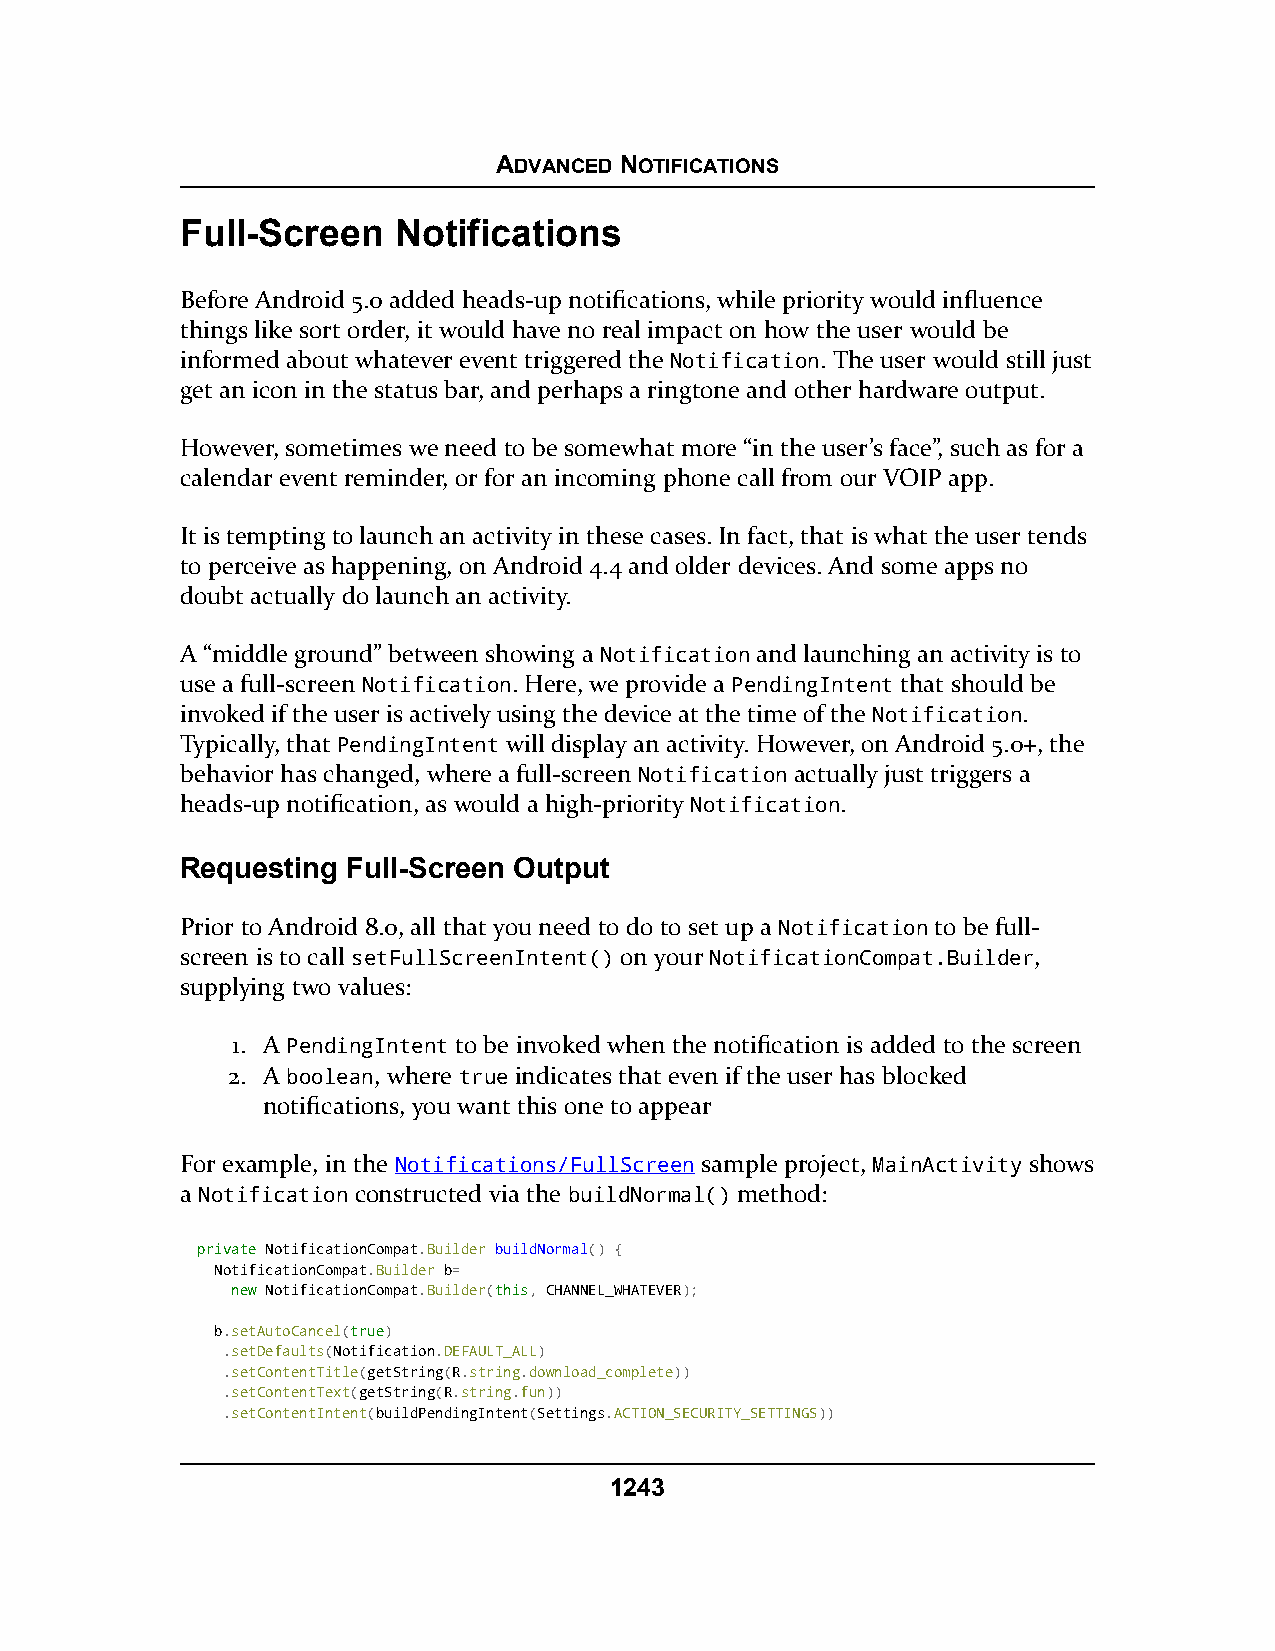
ADVANCED NOTIFICATIONS
 Full-Screen   Notifications
 Before Android 5.0 added heads-up notifications, while priority would influence
 things like sort order, it would have no real impact on how the user would be
 informed about whatever event triggered the Notification. The user would still just
 get an icon in the status bar, and perhaps a ringtone and other hardware output.
 However, sometimes we need to be somewhat more “in the user’s face”, such as for a
 calendar event reminder, or for an incoming phone call from our VOIP app.
 It is tempting to launch an activity in these cases. In fact, that is what the user tends
 to perceive as happening, on Android 4.4 and older devices. And some apps no
 doubt actually do launch an activity.
 A “middle ground” between showing a Notification and launching an activity is to
 use a full-screen Notification. Here, we provide a PendingIntent that should be
 invoked if the user is actively using the device at the time of the Notification.
 Typically, that PendingIntent will display an activity. However, on Android 5.0+, the
 behavior has changed, where a full-screen Notification actually just triggers a
 heads-up notification, as would a high-priority Notification.
 Requesting Full-Screen Output
 Prior to Android 8.0, all that you need to do to set up a Notification to be full-
 screen is to call setFullScreenIntent() on your NotificationCompat.Builder,
 supplying two values:
 1. A PendingIntent to be invoked when the notification is added to the screen
 2. A boolean, where true indicates that even if the user has blocked
 notifications, you want this one to appear
 For example, in the Notifications/FullScreen sample project, MainActivity shows
 a Notification constructed via the buildNormal() method:
 pprriivvaattee NotificationCompat.Builder buildNormal() {
 NotificationCompat.Builder b=
 nneeww NotificationCompat.Builder(tthhiiss, CHANNEL_WHATEVER);
 b.setAutoCancel(ttrruuee)
 .setDefaults(Notification.DEFAULT_ALL)
 .setContentTitle(getString(R.string.download_complete))
 .setContentText(getString(R.string.fun))
 .setContentIntent(buildPendingIntent(Settings.ACTION_SECURITY_SETTINGS))
 1243